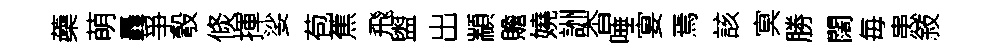
蘃萌轟爭彀倐揮娑苞蕉飛盥出顓贍嬈詶杳唾宴焉該㝠勝闊毎患敍